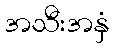
အသီးအနှံ